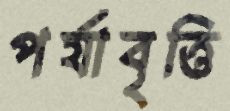
পর্যাবৃত্তি